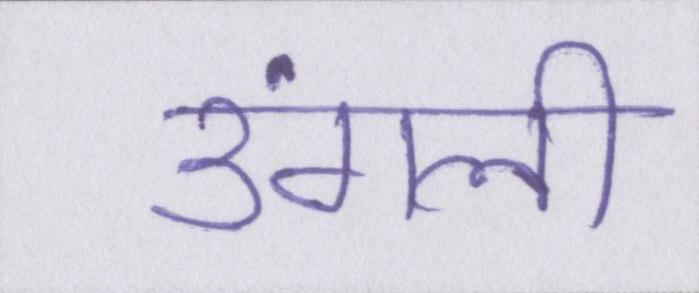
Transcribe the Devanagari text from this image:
उंगली